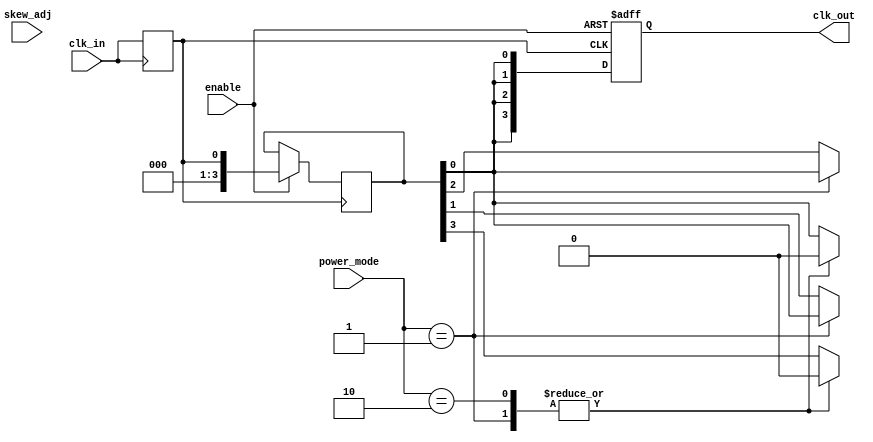
module SkewOptimizedClockBuffer (
    input wire clk_in,                    // Input clock signal
    input wire enable,                    // Enable signal for output
    input wire [2:0] skew_adj,            // Skew adjustment control (for delay tuning)
    input wire [3:0] power_mode,          // Power management mode control
    output reg [3:0] clk_out               // Output clock signals to memory blocks
);

// Internal signals
reg [3:0] delayed_clk;                   // Delayed clock signals
wire clk_filtered;                       // Filtered clock signal

// Input buffering stage
always @(posedge clk_in) begin
    clk_filtered <= clk_in; // Simple input buffering
end

// Skew optimization logic
always @(posedge clk_filtered or negedge enable) begin
    if (!enable) begin
        clk_out <= 4'b0000; // Disable outputs when not enabled
    end else begin
        // Adjust delay based on skew_adj input
        case (skew_adj)
            3'b000: delayed_clk <= clk_filtered;          // No delay
            3'b001: delayed_clk <= #1 clk_filtered;       // 1 unit delay
            3'b010: delayed_clk <= #2 clk_filtered;       // 2 units delay
            3'b011: delayed_clk <= #3 clk_filtered;       // 3 units delay
            3'b100: delayed_clk <= #4 clk_filtered;       // 4 units delay
            default: delayed_clk <= clk_filtered;         // Default to no delay
        endcase
        
        // Distributing the delayed clock to outputs
        clk_out[0] <= delayed_clk; // Output 0
        clk_out[1] <= delayed_clk; // Output 1
        clk_out[2] <= delayed_clk; // Output 2
        clk_out[3] <= delayed_clk; // Output 3
    end
end

// Power management logic
always @(power_mode) begin
    case (power_mode)
        4'b0001: begin
            // Low power mode, disable some outputs
            clk_out[0] <= 1'b0; 
            clk_out[1] <= delayed_clk; 
            clk_out[2] <= delayed_clk; 
            clk_out[3] <= 1'b0; 
        end
        4'b0010: begin
            // Medium power mode
            clk_out <= {1'b0, delayed_clk[2:1], 1'b0}; 
        end
        default: begin
            // Normal operation
            clk_out <= {delayed_clk[3:0]};
        end
    endcase
end

// Testability: Add test points (for illustration)
initial begin
    $monitor("Time: %0t | clk_out: %b | skew_adj: %b | power_mode: %b", $time, clk_out, skew_adj, power_mode);
end

endmodule